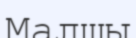
Малшы